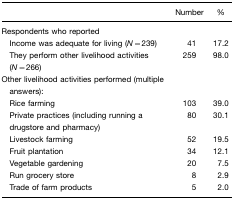
<table><thead><tr><td></td><td><b>Number</b></td><td><b>%</b></td></tr></thead><tbody><tr><td>Respondents who reported</td><td></td><td></td></tr><tr><td> Income was adequate for living (<i>N=</i>239)</td><td>41</td><td>17.2</td></tr><tr><td> They perform other livelihood activities (<i>N=</i>266)</td><td>259</td><td>98.0</td></tr><tr><td>Other livelihood activities performed (multiple answers):</td><td></td><td></td></tr><tr><td> Rice farming</td><td>103</td><td>39.0</td></tr><tr><td> Private practices (including running a drugstore and pharmacy)</td><td>80</td><td>30.1</td></tr><tr><td> Livestock farming</td><td>52</td><td>19.5</td></tr><tr><td> Fruit plantation</td><td>34</td><td>12.1</td></tr><tr><td> Vegetable gardening</td><td>20</td><td>7.5</td></tr><tr><td> Run grocery store</td><td>8</td><td>2.9</td></tr><tr><td> Trade of farm products</td><td>5</td><td>2.0</td></tr></tbody></table>